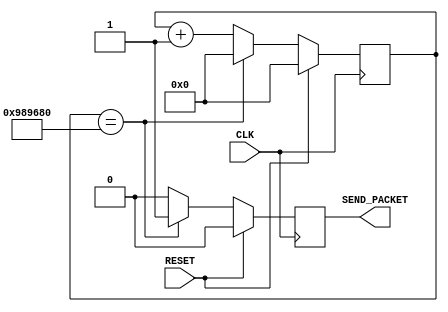
`timescale 1ns / 1ps
//////////////////////////////////////////////////////////////////////////////////
// Company: 
// Engineer: 
// 
// Design Name: 
// Module Name: TenHz_cnt
// Project Name: 
// Target Devices: 
// Tool Versions: 
// Description: This is a ten Hz counter to generate the signal of SEND_PACKET.
// 
// Dependencies: 
// 
// Revision:
// Revision 0.01 - File Created
// Additional Comments:
// 
//////////////////////////////////////////////////////////////////////////////////


module TenHz_cnt(
    input CLK,
    input RESET,
    output reg SEND_PACKET
    );
    
	reg [23:0] COUNT;	
	
	initial begin
		COUNT <= 0;					
	end
		
	always@ (posedge CLK) begin
		if (RESET) 		
			COUNT <= 0;
		else begin
				if (COUNT == 10000000)	
					COUNT <= 0;
				else 
					COUNT <= COUNT + 1;	
		end
	end
	
	always @(posedge CLK) begin
		if (RESET)					
			SEND_PACKET <= 0;
		else begin
			if (COUNT == 10000000)
				SEND_PACKET <= 1;
			else						
				SEND_PACKET <= 0;	
		end
	end

endmodule